Indian journal of veterinary science and animal husbandry - Volume 7,
Year: 1937
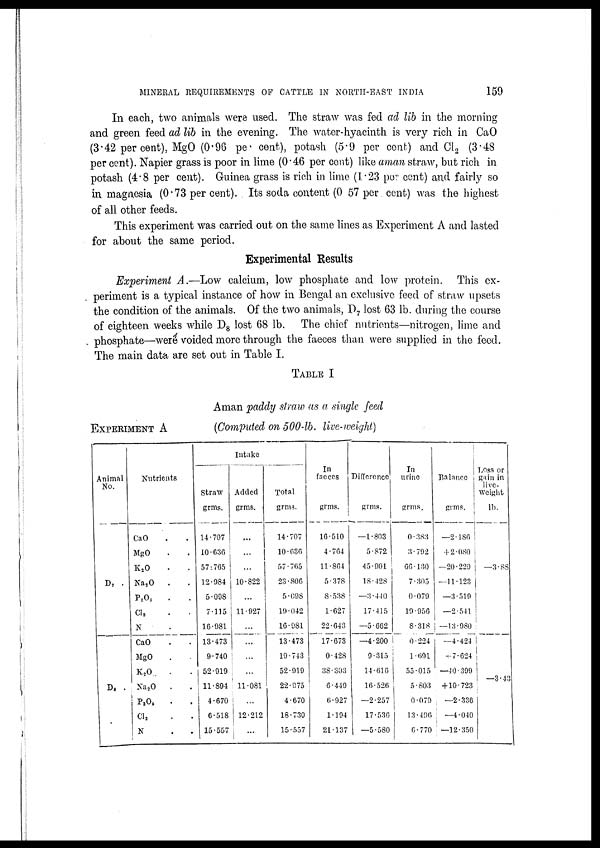
MINERAL REQUIREMENTS OF CATTLE IN NORTH-EAST INDIA
159
In each, two animals were used. The straw was fed ad lib in the morning
and green feed ad lib in the evening. The water-hyacinth is very rich in CaO
(3.42 per cent), MgO (0.96 per cent), potash (5.9 per cent) and Cl 2 (3.48
per cent). Napier grass is poor in lime (0.46 per cent) like aman straw, but rich in
potash (4.8 per cent). Guinea grass is rich in lime (1 .23 per cent) and fairly so
in magnesia (0.73 per cent). Its soda content (0 57 per cent) was the highest
of all other feeds.
This experiment was carried out on the same lines as Experiment A and lasted
for about the same period.
Experimental Results
Experiment A.—Low calcium, low phosphate and low protein. This ex-
periment is a typical instance of how in Bengal an exclusive feed of straw upsets
the condition of the animals. Of the two animals, D 7 lost 63 lb. during the course
of eighteen weeks while D 8 lost 68 lb. The chief nutrients—nitrogen, lime and
phosphate—were voided more through the faeces than were supplied in the feed.
The main data are set out in Table I.
TABLE I
Aman paddy straw as a single feed
EXPERIMENT A
(Computed on 500-lb. live-weight)
Animal
No.
D 7
D 8
Nutrients
CaO . .
MgO . .
K 2 O . .
Na 2 O . .
P 2 O 5 . .
Cl 2 .
N . .
CaO . .
MgO . .
K 2 O . .
Na 2 O . .
P 2 O 5 . .
Cl 2 . .
N . .
Intake
Straw
grms.
14.707
10.636
57.765
12.984
5.098
7.115
16.981
13.473
9.740
52.919
11.894
4.670
6.518
15.557
Added
grms.
...
...
...
10.822
...
11.927
...
...
...
...
11.081
...
12.212
...
Total
grms.
14.707
10.636
57.765
23.806
5.098
19.042
16.981
13.473
19.743
52.919
22.975
4.670
18.730
15.557
In
faeces
grms.
16.510
4.764
11.864
5.378
8.538
1.627
22.643
17.673
0.428
38.303
6.449
6.927
1.194
21.137
Difference
grms.
—1.803
5.872
45.901
18.428
—3 .440
17.415
—5.662
—4.200
9.315
14.616
16.526
—2.257
17.536
—5.580
In
urine
grms.
0.383
3.792
66.130
7.305
0.079
19.956
8.318
0.224
1.691
55 .015
5.803
0.079
13.496
6.770
Balance
grms.
—2.186
+2.080
—20.229
—11.123
—3.519
—2.541
—13.980
—4.424
+7.624
—40.399
+ 10.723
—2.336
—4.040
—12.350
Loss or
gain in
live-
weight
lb.
—3.88
—3.43